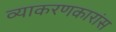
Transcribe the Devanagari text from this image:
व्याकरणकारांस